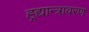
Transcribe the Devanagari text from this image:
ह्र्द्यान्त्रावरण